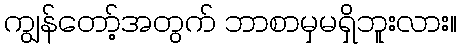
ကျွန်တော့်အတွက် ဘာစာမှမရှိဘူးလား။